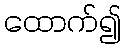
ထောက်၍